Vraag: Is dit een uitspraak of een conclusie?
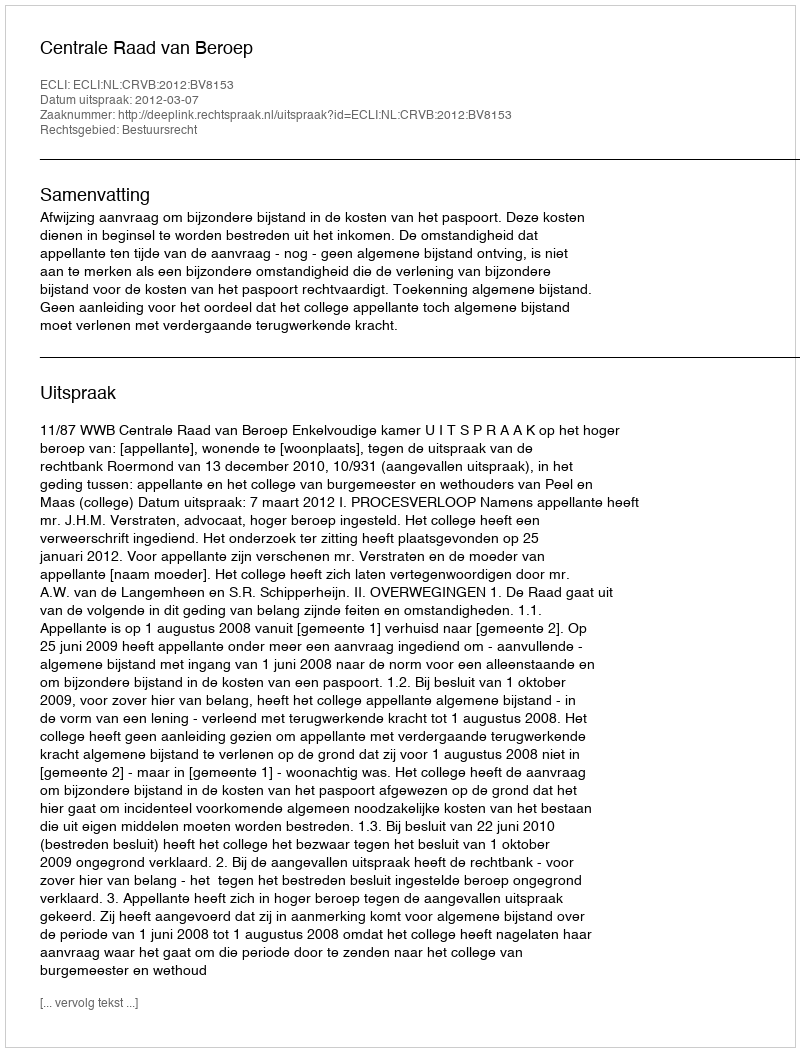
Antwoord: Uitspraak